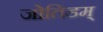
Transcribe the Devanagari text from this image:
जोतिडम्